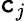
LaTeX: \mathtt{c}_{j}